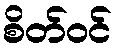
စိတ်ဝင်